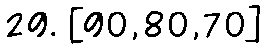
29. [90,80,70]